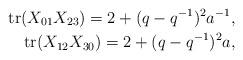
LaTeX: \begin{align*}{\rm{tr}}(X_{01}X_{23})=2+(q-q^{-1})^2a^{-1},\\{\rm{tr}}(X_{12}X_{30})=2+(q-q^{-1})^2a, \end{align*}